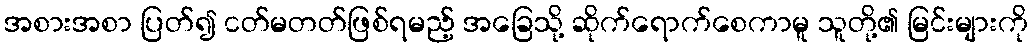
အစားအစာ ပြတ်၍ ငတ်မတတ်ဖြစ်ရမည့် အခြေသို့ ဆိုက်ရောက်စေကာမူ သူတို့၏ မြင်းများကို